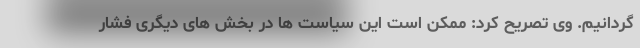
گردانیم. وی تصریح کرد: ممکن است این سیاست ها در بخش های دیگری فشار